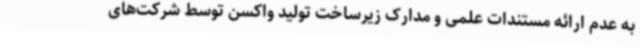
به عدم ارائه مستندات علمی و مدارک زیرساخت تولید واکسن توسط شرکت‌های